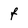
Character: f